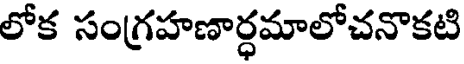
లోక సంగ్రహణార్ధమాలోచనొకటి